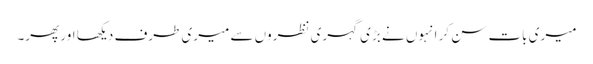
میری بات سن کر انہوں نے بڑی گہری نظروں سے میری طرف دیکھا اور پھر۔